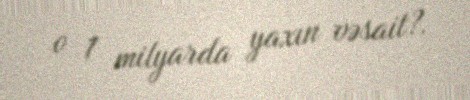
o 1 milyarda yaxın vəsait?.